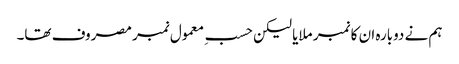
ہم نے دوبارہ ان کا نمبر ملایا لیکن حسبِ معمول نمبر مصروف تھا۔